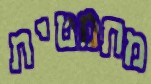
מתמטית